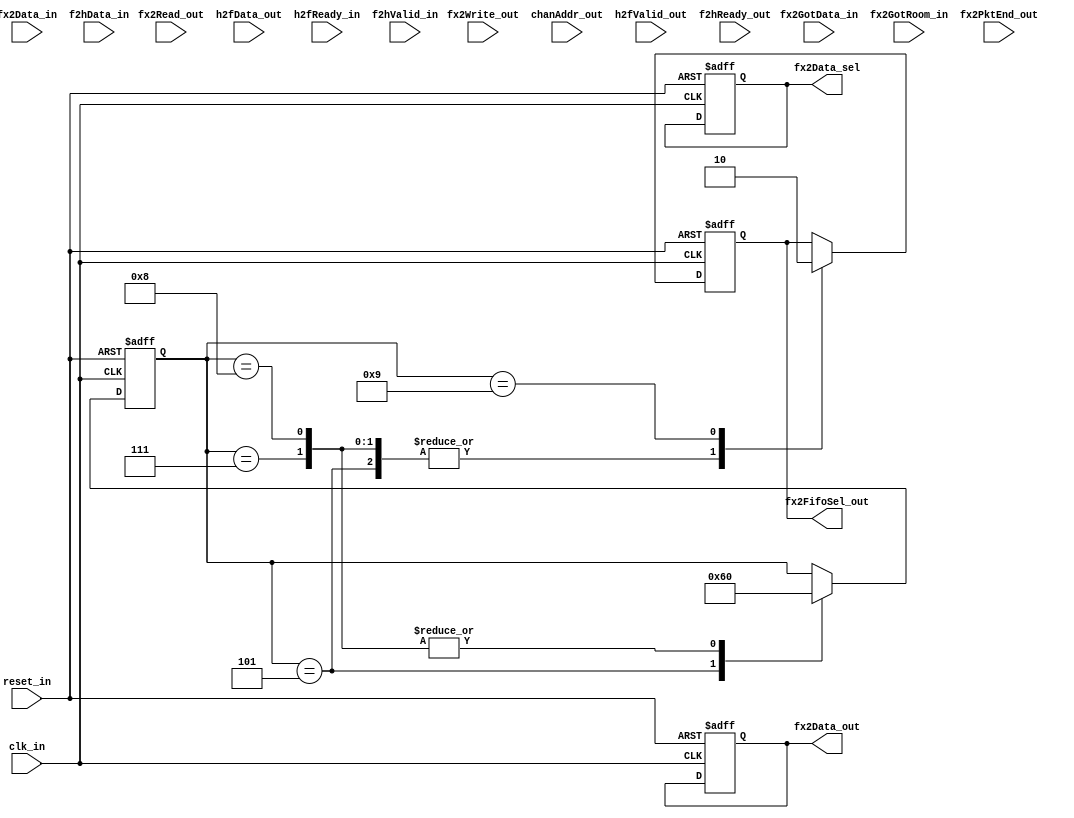
module comm_fpga_fx2_v2 (
    clk_in,
    reset_in,
    fx2FifoSel_out,
    fx2Data_in,
    fx2Data_out,
    fx2Data_sel,
    fx2Read_out,
    fx2GotData_in,
    fx2Write_out,
    fx2GotRoom_in,
    fx2PktEnd_out,
    chanAddr_out,
    h2fData_out,
    h2fValid_out,
    h2fReady_in,
    f2hData_in,
    f2hValid_in,
    f2hReady_out
);
// Original port definition
// This module bridges the "original" port mapping to the MyHDL
// version.    

input clk_in;
input reset_in;
output fx2FifoSel_out;
reg fx2FifoSel_out;
input [7:0] fx2Data_in;
output [7:0] fx2Data_out;
reg [7:0] fx2Data_out;
output fx2Data_sel;
reg fx2Data_sel;
input fx2Read_out;
input fx2GotData_in;
input fx2Write_out;
input fx2GotRoom_in;
input fx2PktEnd_out;
input [6:0] chanAddr_out;
input [7:0] h2fData_out;
input h2fValid_out;
input h2fReady_in;
input [7:0] f2hData_in;
input f2hValid_in;
input f2hReady_out;

reg [6:0] g_fl_bus_chan_addr;
wire g_fx2_bus_read;
reg g_is_write;
reg [3:0] g_state;
wire [7:0] g_fl_bus_data_i;
wire g_fx2_bus_gotroom;
reg [7:0] g_fl_bus_data_o;
wire g_fl_bus_ready_i;
reg g_fl_bus_ready_o;
reg g_is_aligned;
reg [31:0] g_count;
reg [1:0] g_fifop;
reg g_fl_bus_valid_o;
wire g_fx2_bus_write;
wire g_fl_bus_valid_i;
wire g_fx2_bus_gotdata;
reg g_fx2_bus_pktend;


assign g_fl_bus_data_i = 0;
assign g_fx2_bus_gotroom = 0;
assign g_fl_bus_ready_i = 0;
assign g_fl_bus_valid_i = 0;
assign g_fx2_bus_gotdata = 0;



always @(posedge clk_in, negedge reset_in) begin: COMM_FPGA_FX2_V2_G_HDL_SM
    if (reset_in == 0) begin
        g_count <= 0;
        g_fl_bus_chan_addr <= 0;
        fx2Data_out <= 0;
        fx2FifoSel_out <= 0;
        g_fifop <= 3;
        g_is_write <= 0;
        g_fl_bus_ready_o <= 0;
        fx2Data_sel <= 0;
        g_fl_bus_valid_o <= 0;
        g_state <= 4'b0000;
        g_fx2_bus_pktend <= 0;
        g_fl_bus_data_o <= 0;
        g_is_aligned <= 0;
    end
    else begin
        case (g_state)
            4'b0001: begin
                if (g_fx2_bus_gotdata) begin
                    g_count <= (fx2Data_in << 24);
                    g_state <= 4'b0010;
                end
                else begin
                    g_count <= 0;
                end
            end
            4'b0010: begin
                if (g_fx2_bus_gotdata) begin
                    g_count <= (g_count | (fx2Data_in << 16));
                    g_state <= 4'b0011;
                end
            end
            4'b0011: begin
                if (g_fx2_bus_gotdata) begin
                    g_count <= (g_count | (fx2Data_in << 8));
                    g_state <= 4'b0100;
                end
            end
            4'b0100: begin
                if (g_fx2_bus_gotdata) begin
                    g_count <= (g_count | fx2Data_in);
                    if (g_is_write) begin
                        g_state <= 4'b0101;
                    end
                    else begin
                        if (g_fl_bus_ready_i) begin
                            g_fifop <= 2;
                            g_state <= 4'b1001;
                        end
                        else begin
                            g_fifop <= 3;
                            g_state <= 4'b1010;
                        end
                    end
                end
            end
            4'b0101: begin
                fx2FifoSel_out <= 1;
                g_fifop <= 3;
                if ((g_count[9-1:0] == 0)) begin
                    g_is_aligned <= 1'b1;
                end
                else begin
                    g_is_aligned <= 1'b0;
                end
                g_state <= 4'b0110;
            end
            4'b0110: begin
                if (g_fx2_bus_gotroom) begin
                    g_fl_bus_ready_o <= 1'b1;
                end
                if ((g_fx2_bus_gotroom && g_fl_bus_valid_i)) begin
                    g_fifop <= 1;
                    fx2Data_out <= g_fl_bus_data_i;
                    fx2Data_sel <= 1'b1;
                    g_count <= (g_count - 1);
                    if ((g_count == 1)) begin
                        if (g_is_aligned) begin
                            g_state <= 4'b0111;
                        end
                        else begin
                            g_state <= 4'b1000;
                        end
                    end
                end
                else begin
                    g_fifop <= 3;
                end
            end
            4'b0111: begin
                fx2FifoSel_out <= 1;
                g_fifop <= 3;
                g_state <= 4'b0000;
            end
            4'b1000: begin
                fx2FifoSel_out <= 1;
                g_fifop <= 3;
                g_fx2_bus_pktend <= 1'b0;
                g_state <= 4'b0000;
            end
            4'b1001: begin
                fx2FifoSel_out <= 0;
                if ((g_fx2_bus_gotdata && g_fl_bus_ready_i)) begin
                    if ((!g_fx2_bus_read) !== 1) begin
                        $display("*** AssertionError ***");
                    end
                    g_fl_bus_valid_o <= 1'b1;
                    g_fl_bus_data_o <= fx2Data_in;
                    if ((g_count <= 1)) begin
                        g_state <= 4'b0000;
                        g_count <= 0;
                    end
                    else begin
                        g_count <= (g_count - 1);
                    end
                end
            end
            4'b1010: begin
                if ((g_fx2_bus_gotdata && g_fl_bus_ready_i)) begin
                    g_state <= 4'b1001;
                    g_fifop <= 2;
                end
            end
            default: begin
                g_fifop <= 2;
                g_count <= 0;
                g_fl_bus_valid_o <= 1'b0;
                if (g_fx2_bus_gotdata) begin
                    g_fl_bus_chan_addr <= fx2Data_in[7-1:0];
                    g_is_write <= fx2Data_in[7];
                    g_state <= 4'b0001;
                end
            end
        endcase
    end
end



assign g_fx2_bus_read = g_fifop[0];
assign g_fx2_bus_write = g_fifop[1];

endmodule